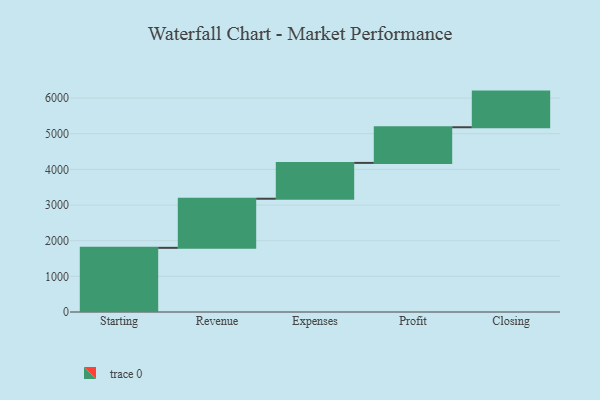
{"axis": {"x": "Step", "y": "Value"}, "legend": [""], "data": [{"x": "Starting", "y": 1800.0, "type": ""}, {"x": "Revenue", "y": 1377.0, "type": ""}, {"x": "Expenses", "y": 1005.0, "type": ""}, {"x": "Profit", "y": 1000, "type": ""}, {"x": "Closing", "y": 1000, "type": ""}]}